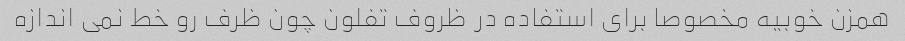
همزن خوبیه مخصوصا برای استفاده در ظروف تفلون چون ظرف رو خط نمی اندازه